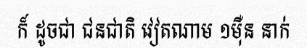
ក៏ ដូចជា ជនជាតិ វៀតណាម ១ម៉ឺន នាក់